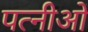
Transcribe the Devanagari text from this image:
पत्नीओं